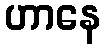
ဟာနေ